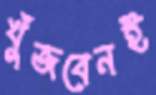
খুঁজবেনই